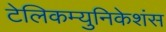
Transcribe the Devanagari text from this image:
टेलिकम्युनिकेशंस